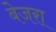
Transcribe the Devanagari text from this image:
बेजरा